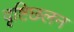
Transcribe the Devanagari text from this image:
दृष्टिछलन